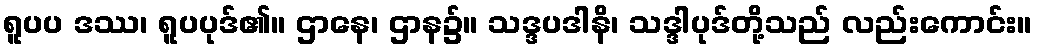
ရူပပ ဒဿ၊ ရူပပုဒ်၏။ ဌာနေ၊ ဌာန၌။ သဒ္ဒပဒါနိ၊ သဒ္ဒါပုဒ်တို့သည် လည်းကောင်း။